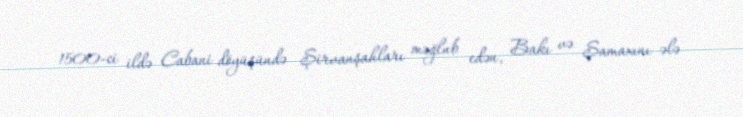
1500-ci ildə Cabani döyüşündə Şirvanşahları məğlub edən, Bakı və Şamaxını ələ